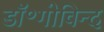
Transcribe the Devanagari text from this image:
डॉ॰गोविन्द